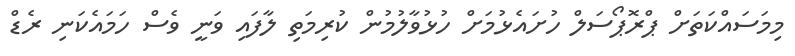
މިމަސައްކަތަށް ޕްރޮޕޯސަލް ހުށައެޅުމަށް ހުޅުވާލުމުން ކުރިމަތި ލާފައި ވަނީ ވެސް ހަމައެކަނި ރެޑް